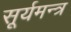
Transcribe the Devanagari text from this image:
सूर्यमन्त्र